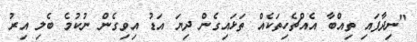
"ނިދާފައި ތިއްބާ އެއްޗެހިތަކެއް ތަޅައިގެން ދިޔަ އަޑު އިވިގެން ނުކުމެ ބެލި އިރު